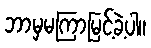
ဘာမှမကြာမြင့်ခဲ့ပါ။